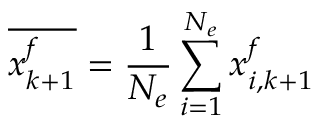
\overline { { \boldsymbol { x } _ { k + 1 } ^ { f } } } = \frac { 1 } { N _ { e } } \sum _ { i = 1 } ^ { N _ { e } } \boldsymbol { x } _ { i , k + 1 } ^ { f }